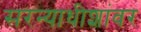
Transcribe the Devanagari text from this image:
सरन्याधीशांवर